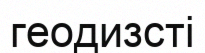
геодизсті